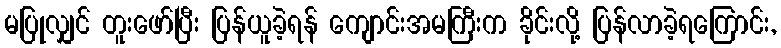
မပြုလျှင် တူးဖော်ပြီး ပြန်ယူခဲ့ရန် ကျောင်းအမကြီးက ခိုင်းလို့ ပြန်လာခဲ့ရကြောင်း,